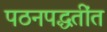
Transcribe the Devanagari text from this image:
पठनपद्धतींत